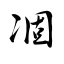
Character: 凅